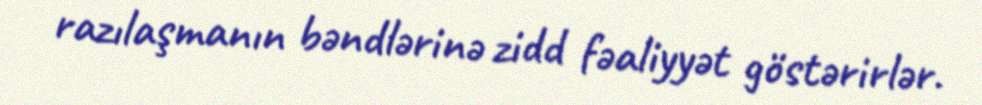
razılaşmanın bəndlərinə zidd fəaliyyət göstərirlər.